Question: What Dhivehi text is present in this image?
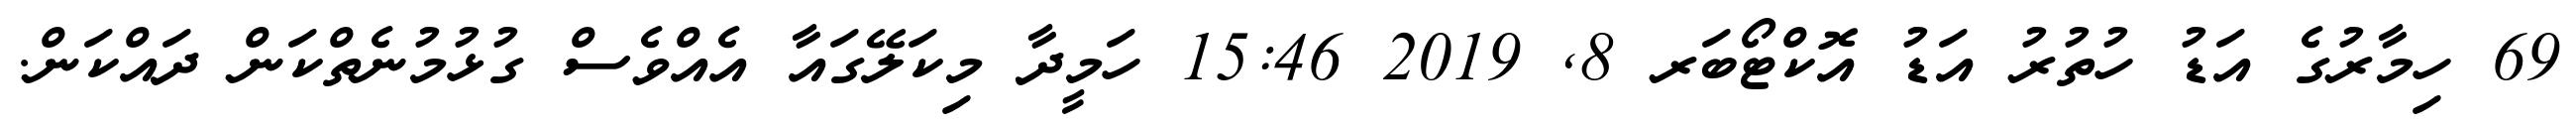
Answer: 69 ހިމާރުގެ އަޑު ހުތުރު އަޑު އޮކްޓޯބަރ 8, 2019 15:46 ހަމީދާ މިކަލޭގައާ އެއްވެސް ގުޅުމުނެތްކަން ދައްކަން.